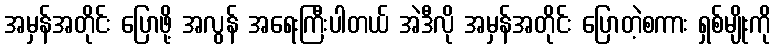
အမှန်အတိုင်း ပြောဖို့ အလွန် အရေးကြီးပါတယ် အဲဒီလို အမှန်အတိုင်း ပြောတဲ့စကား ရှစ်မျိုးကို